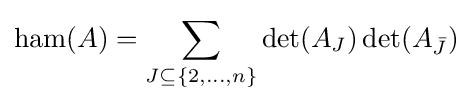
\operatorname {ham} (A)=\sum _{J\subseteq \{2,\dots ,n\}}\det(A_{J})\operatorname {det} (A_{\bar {J}})